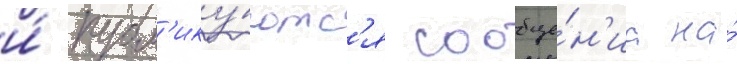
и́ публ'ику́ютс'я сообще́н'иа на́